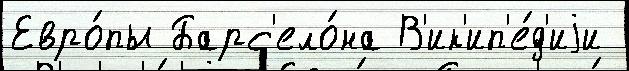
Евро́пы Барс'ело́на В'ик'ип'е́д'иjи